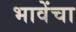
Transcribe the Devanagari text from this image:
भावेंचा